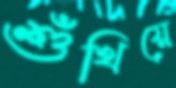
শুঁখিয়ে